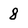
Character: 8